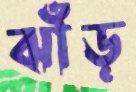
ঝাঁড়